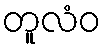
တူလံဝ